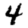
Digit: 4